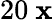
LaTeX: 20~\mathbf{x}